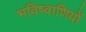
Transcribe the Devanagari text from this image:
भविष्वाणियों